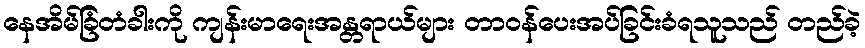
နေအိမ်ခြံတံခါးကို ကျန်းမာရေးအန္တရာယ်များ တာဝန်ပေးအပ်ခြင်းခံရသူသည် တည်ခဲ့